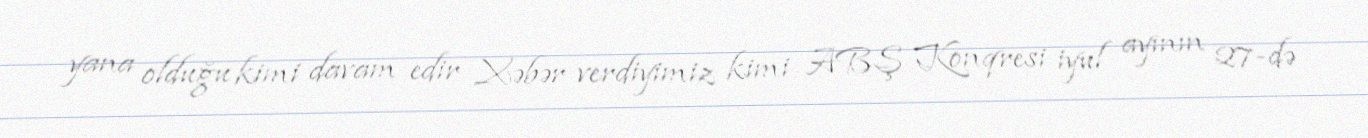
yana olduğu kimi davam edir Xəbər verdiyimiz kimi ABŞ Konqresi iyul ayının 27-də